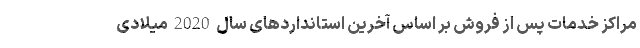
مراکز خدمات پس از فروش بر اساس آخرین استانداردهای سال 2020 میلادی